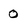
Character: 0